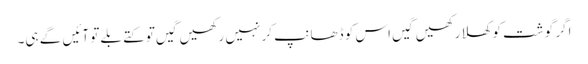
اگر گوشت کو کھلا رکھیں گیں اس کو ڈھانپ کر نہیں رکھیں گیں تو کتے بلے تو آئیں گے ہی۔